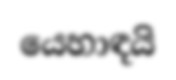
යෙහාඳයි